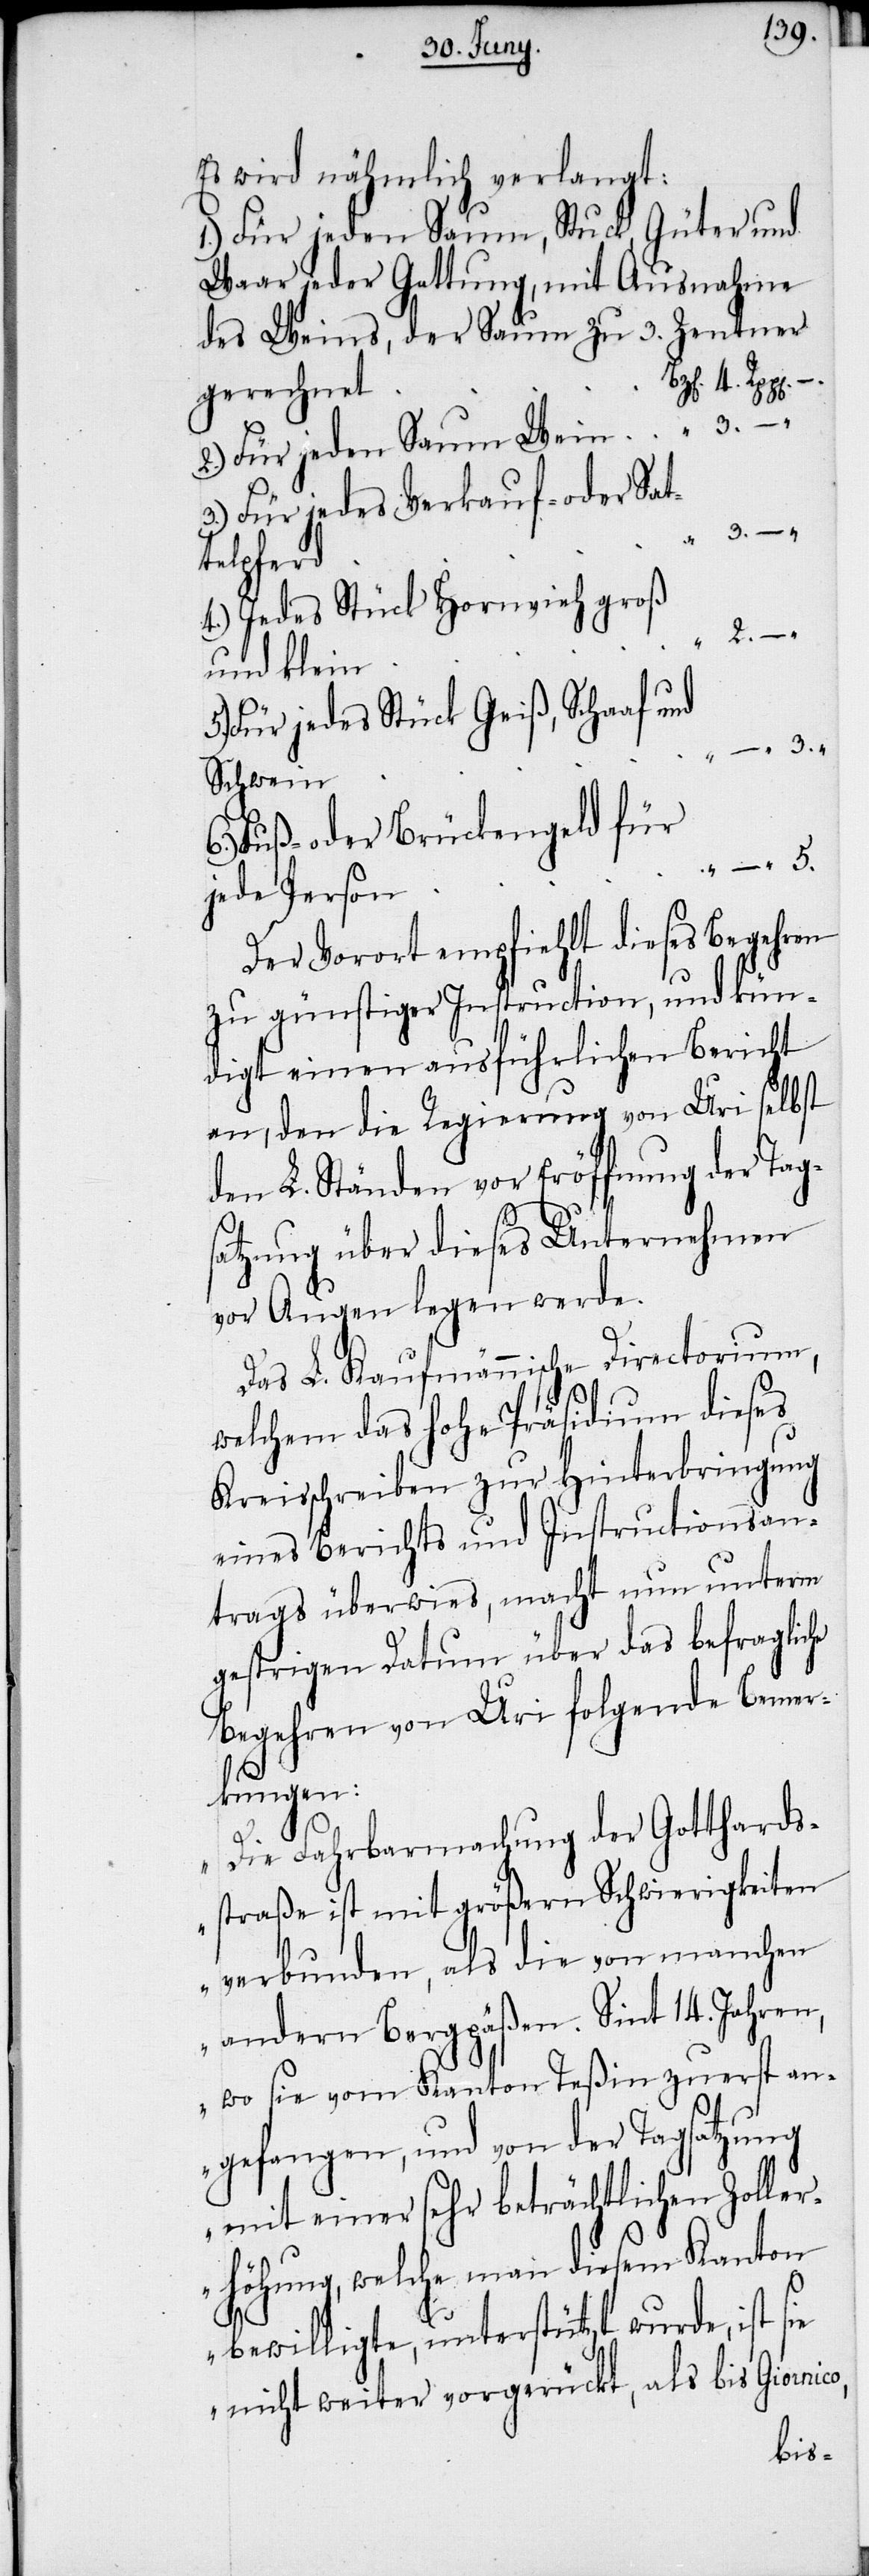
2.

Es wird nähmlich verlangt:
1.) Für jeden Saum, Stuck, Güter und
Waar jeder Gattung, mit Ausnahme
des Weins, der Saum zu 3. Zentner
gerechnet
2.) Für jeden Saum Wein
3.) Für jedes Verkauf- oder Sat¬
telpferd
4.) Jedes Stück Hornvieh groß
und klein
Für jedes Stück Geiß, Schaaf und
Schwein
Fuß- oder Brückengeld für
jede Person
Der Vorort empfiehlt dieses Begehren
zu günstiger Instruction, und kün¬
digt einen ausführlichen Bericht
an, den die Regierung von Uri selbst
den L. Ständen vor Eröffnung der Tags¬
atzung über dieses Unternehmen
vor Augen legen werde.
Das L. Kaufmännische Directorium,
welchem das hohe Präsidium dieses
Kreisschreiben zur Hinterbringung
eines Berichts und Instructionsan¬
trags überwies, macht nun unterm
gestrigen Datum über das befragliche
Begehren von Uri folgende Bemer¬
kungen:
„Die Fahrbarmachung der Gotthards¬
4.
straße ist mit größern Schwierigkeiten
verbunden, als die von manchen
andern Bergpäßen. Sint 14. Jahren,
wo sie vom Kanton Teßin zuerst an¬
gefangen, und von der Tagsatzung
mit einer sehr beträchtlichen Zoller¬
höhung, welche man diesem Kanton
bewilligte, unterstützt wurde, ist sie
nicht weiter vorgerückt, als bis Giornico,